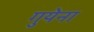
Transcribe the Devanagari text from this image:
गुयेना